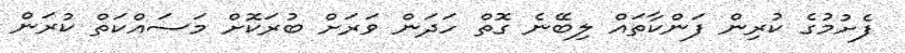
ފެށުމުގެ ކުރިން ފަންކާތައް ލިބޭނެ ގޮތް ހަދަން ވަރަށް ބުރަކޮށް މަސައްކަތް ކުރަން